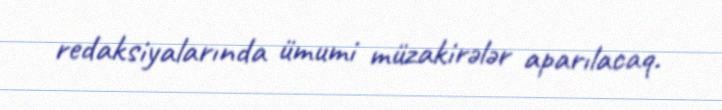
redaksiyalarında ümumi müzakirələr aparılacaq.